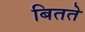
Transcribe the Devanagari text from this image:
बितते